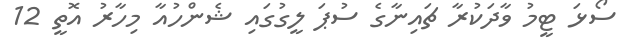
ސޯޅަ ޓީމު ވާދަކުރާ ޗައިނާގެ ސުޕަ ލީގުގައި ޝެންހުއާ މިހާރު އޮތީ 12